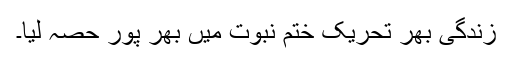
زندگی بھر تحریک ختم نبوت میں بھر پور حصہ لیا۔